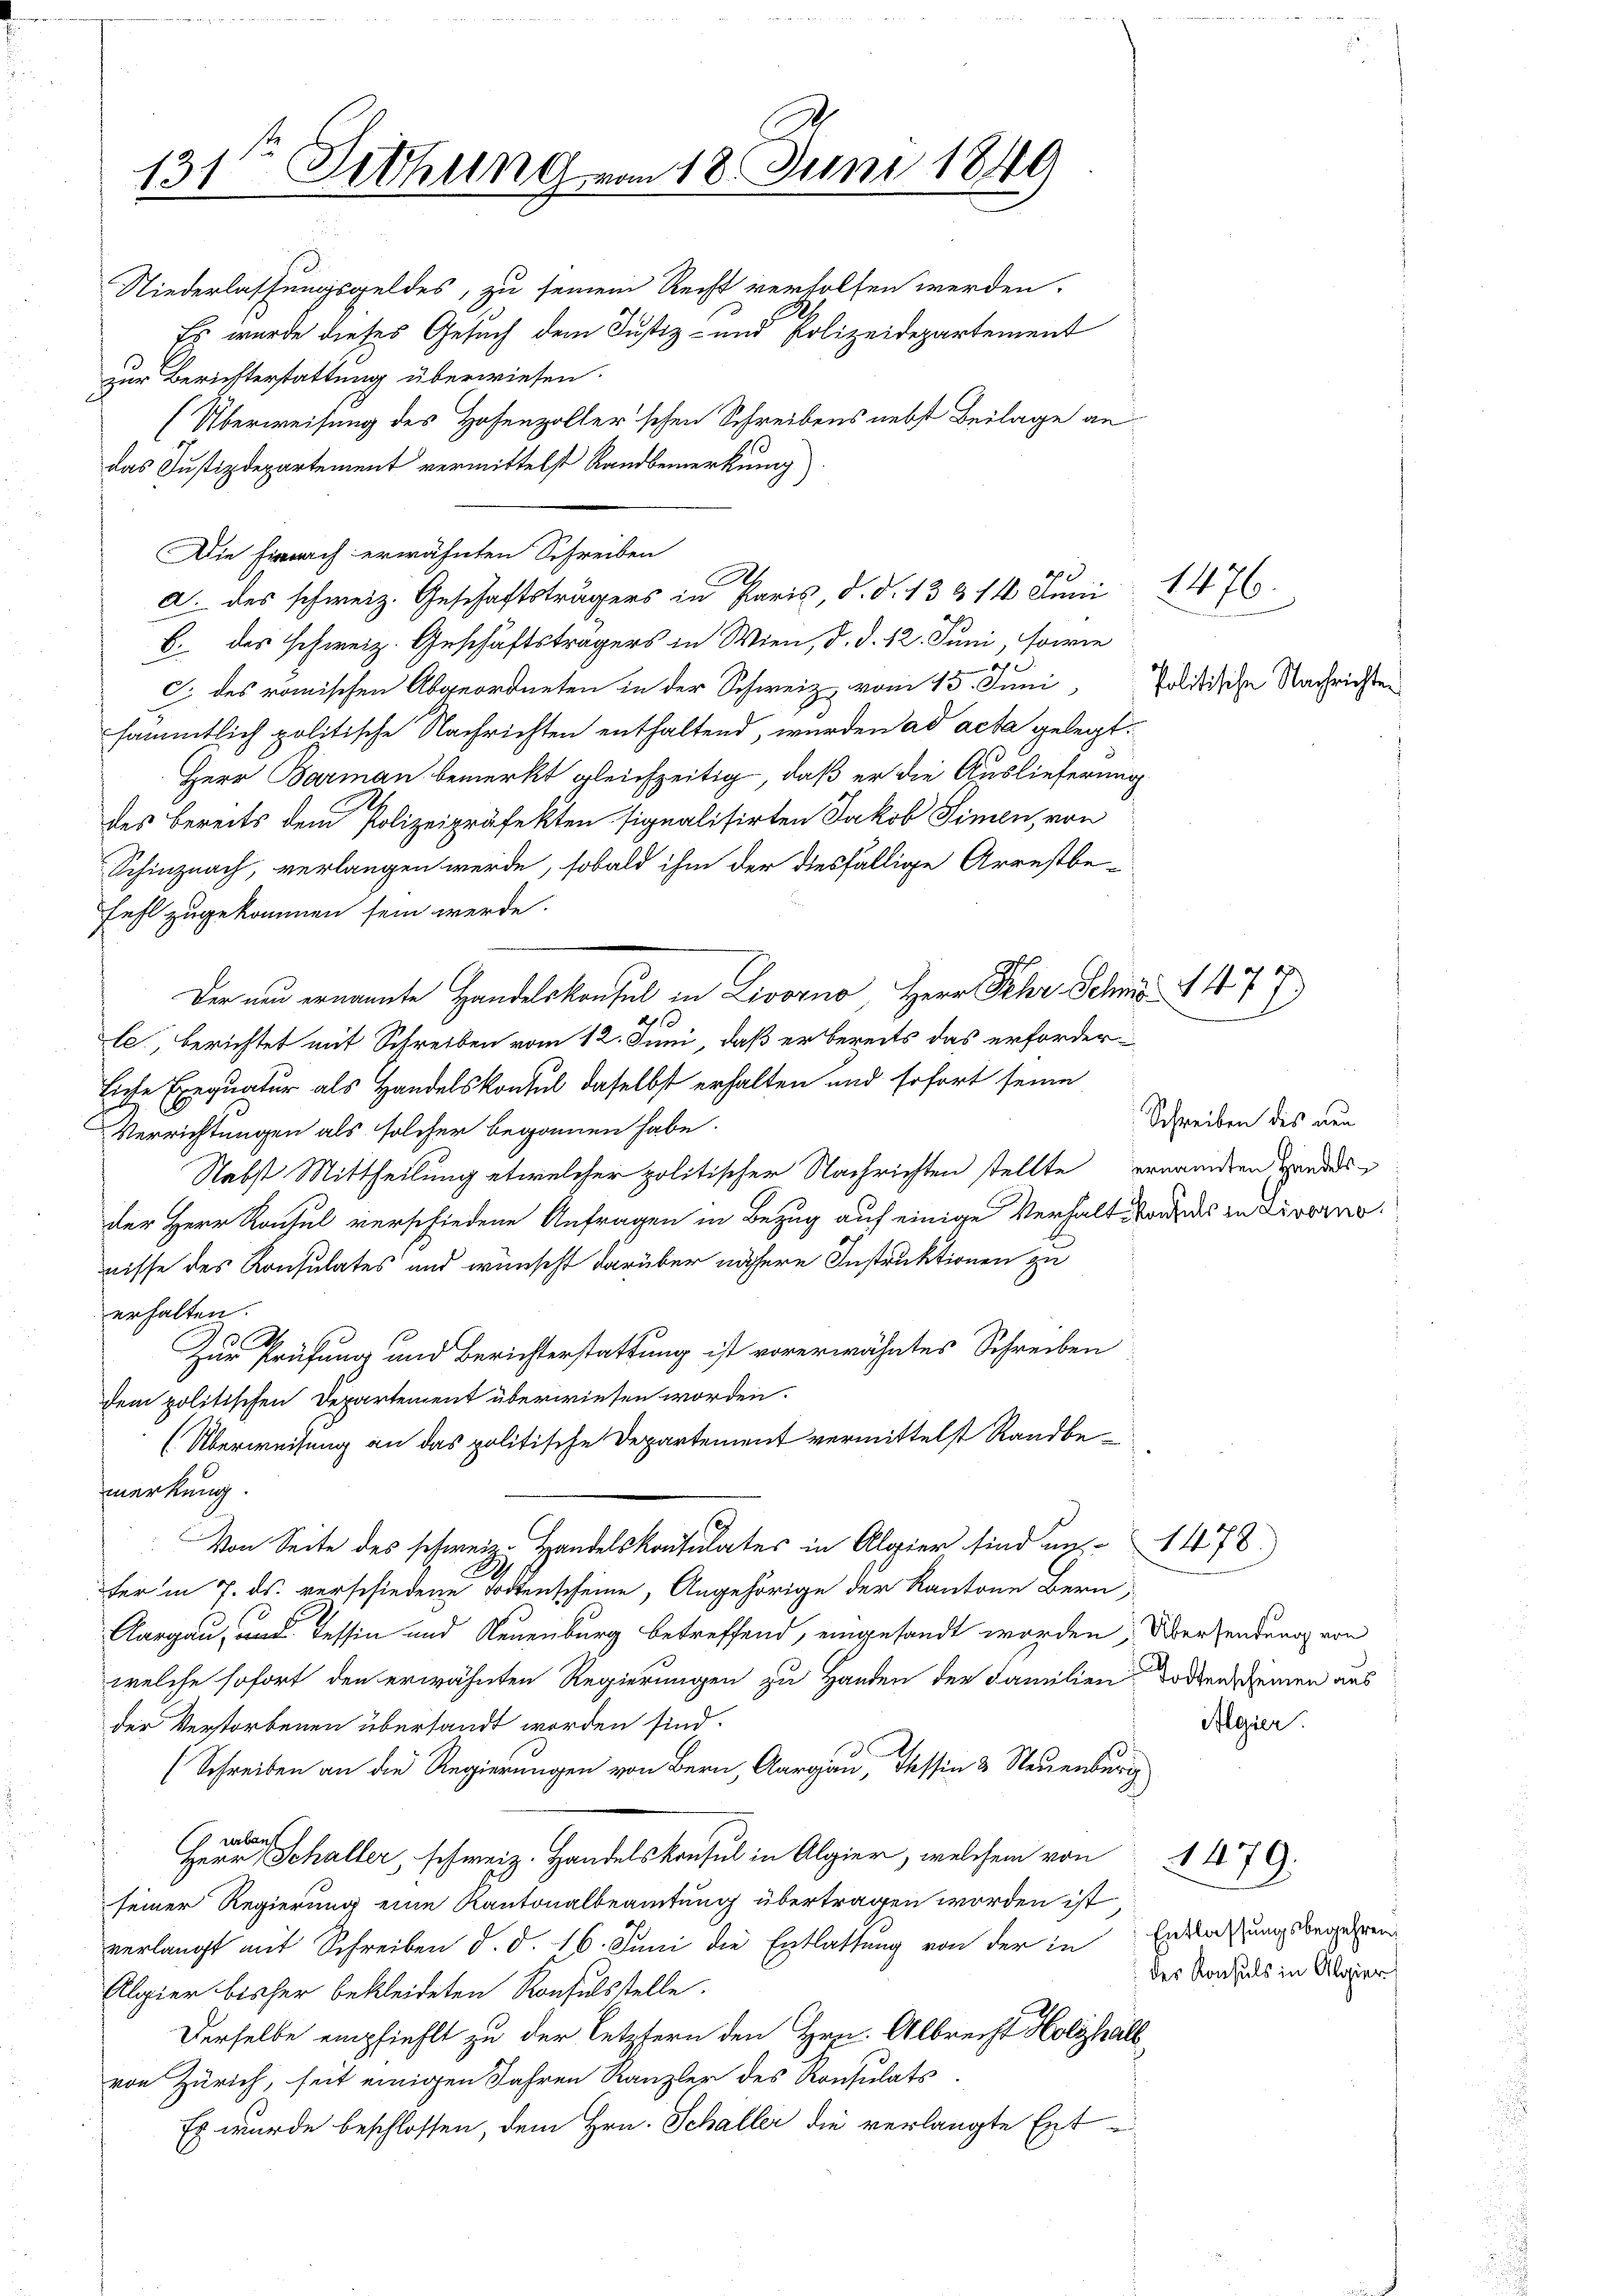
131. Jethung vom 18. Juni 1849

Niederlassungsgeldes, zu seinem Recht verholfen werden.
Es wurde dieses Gesuch dem Justiz- und Polizeidepartement
zur Berichterstattung überwiesen.
(Überweisung des Hofenzoller'schen Schreibens nebst Beilage an
das Justizdepartement vermittelst Randbemerkung
Die Firnach erwähnten Schreiben
b. des schweiz. Geschäftsträgers in Wien, d. d. 12. Juni, sowie
x
C. des römischen Abgeordneten in der Schweiz, vom 15. Juni
sämmtlich politische Nachrichten enthaltend, wurden ad acta gelegt.
Herr Barmann bemerkt gleichzeitig, daß er die Auslieferung
des bereits dem Polizeipräfekten signalisirten Jakob Timen, von
Schinznach, verlangen werde, sobald ihm der diesfällige Arrestbe-
fehl zugekommen sein werde.
Der und ernannte Handelskonsul in Livorno, Herr Sehr Schinz 147)
4
le, berichtet mit Schreiben vom 12. Juni, daß er bereits das erforderliche Exequatur als Handelskontul daselbst erhalten und sofort seine
Verrichtungen als solcher begonnen habe.
Nebst Mittheilung etwelcher politischer Nachrichten stellte erwandten Handesder Herr Konsul verschiedene Anfragen in Bezug auf einige Verhalt des zu Livorno
nisse des Konsulates und wünscht darüber nähere Instruktionen zu
erhalten.
Zur Prüfung und Berichterstattung ist vorerwähntes Schreiben
dem politischen Departement überwiesen worden.
(Überweisung an das politische Departement vermittelst Randbemerkung.
Von Seite des schweiz. Handelskonsulates in Algier sind un-
er in 7. ds. verschiedene Todtenscheine, Angehörige der Kantone Bern,
Aargau, und Tessin und Neuenburg betreffend, eingesandt worden; Übersendung von
welche sofort den erwähnten Regierungen zu Handen der Familien
der Verstorbenen übersandt worden sind.
(Schreiben an die Regierungen von Bern, Aargau, Tessin & Neuenburg
 verlauf
Herr Schaller, schweiz. Handelskonsul in Algier, welchem von
seiner Regierung eine Kantonalbeamtung übertragen worden ist
verlangt mit Schreiben d. d. 16. Juni die Entlassung von der in Bedachung vorgehen
Algier bisher bekleideten Konsulsstelle.
Derselbe empfiehlt zu der Letztern den Hrn. Albrecht Holzhalb
von Zürich, seit einigen Jahren Kanzler des Konsulats.
Es wurde beschlossen, dem Hrn. Schaller die verlangte Ext

A
a. des schweiz. Geschäftsträgers in Paris, d. d. 13 & 14 Juni

Politische Nachrichten

1476.

Schreiben des neu

Todtenscheinen aus
Algier

1478)

4

des Konsuls in Algier

1479.